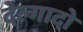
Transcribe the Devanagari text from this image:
देल्गादो